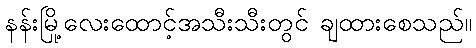
နန်းမြို့လေးထောင့်အသီးသီးတွင် ချထားစေသည်။